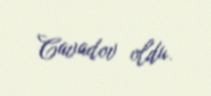
Cavadov oldu.